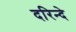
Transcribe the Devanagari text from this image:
दरिन्दे